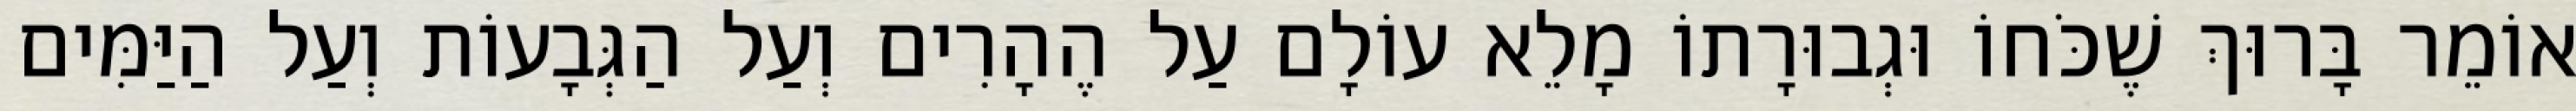
אוֹמֵר בָּרוּךְ שֶׁכֹּחוֹ וּגְבוּרָתוֹ מָלֵא עוֹלָם עַל הֶהָרִים וְעַל הַגְּבָעוֹת וְעַל הַיַּמִּים